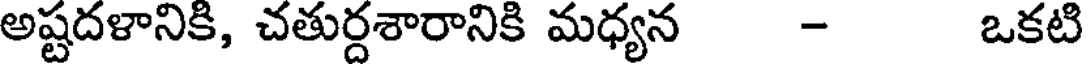
అష్టదళానికి, చతుర్దశారానికి మధ్యన - ఒకటి